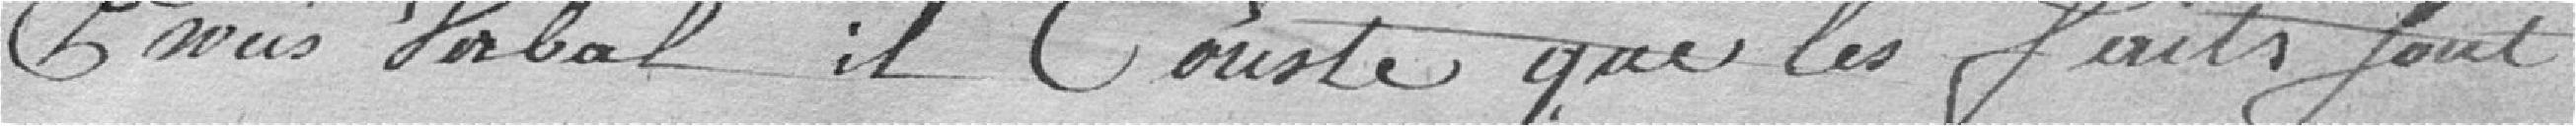
procès-verbal, il conte que les faits sont